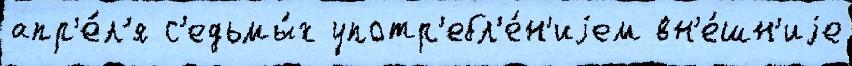
апр'е́л'я с'едьмы́х употр'ебл'е́н'иjем вн'е́шн'иjе